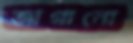
জাগানো